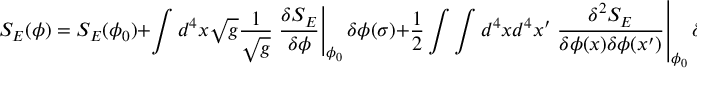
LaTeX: S _ { E } ( \phi ) = S _ { E } ( \phi _ { 0 } ) + \int d ^ { 4 } x \sqrt { g } \frac { 1 } { \sqrt { g } } \left. \frac { \delta S _ { E } } { \delta \phi } \right\vert _ { \phi _ { 0 } } \delta \phi ( \sigma ) + \frac { 1 } { 2 } \int \int d ^ { 4 } x d ^ { 4 } x ^ { \prime } \left. \frac { \delta ^ { 2 } S _ { E } } { \delta \phi ( x ) \delta \phi ( x ^ { \prime } ) } \right\vert _ { \phi _ { 0 } } \delta \phi ( x ) \delta \phi ( x ^ { \prime } ) .